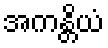
အကန္တိယံ